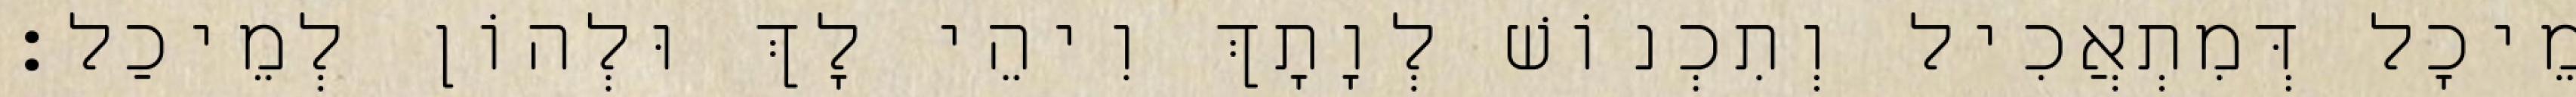
מֵיכָל דְּמִתְאֲכִיל וְתִכְנוֹשׁ לְוָתָךְ וִיהֵי לָךְ וּלְהוֹן לְמֵיכַל׃